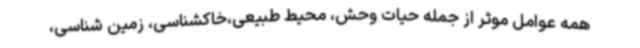
همه عوامل موثر از جمله حیات وحش، محیط طبیعی،خاکشناسی، زمین شناسی،